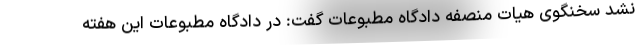
نشد سخنگوی هیات منصفه دادگاه مطبوعات گفت: در دادگاه مطبوعات این هفته